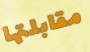
مقابلتها